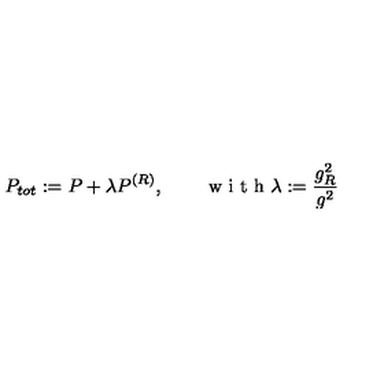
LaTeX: P _ { t o t } : = P + \lambda P ^ { ( R ) } , \qquad \textrm { w i t h } \lambda : = \frac { g _ { R } ^ { 2 } } { g ^ { 2 } }